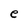
Character: e